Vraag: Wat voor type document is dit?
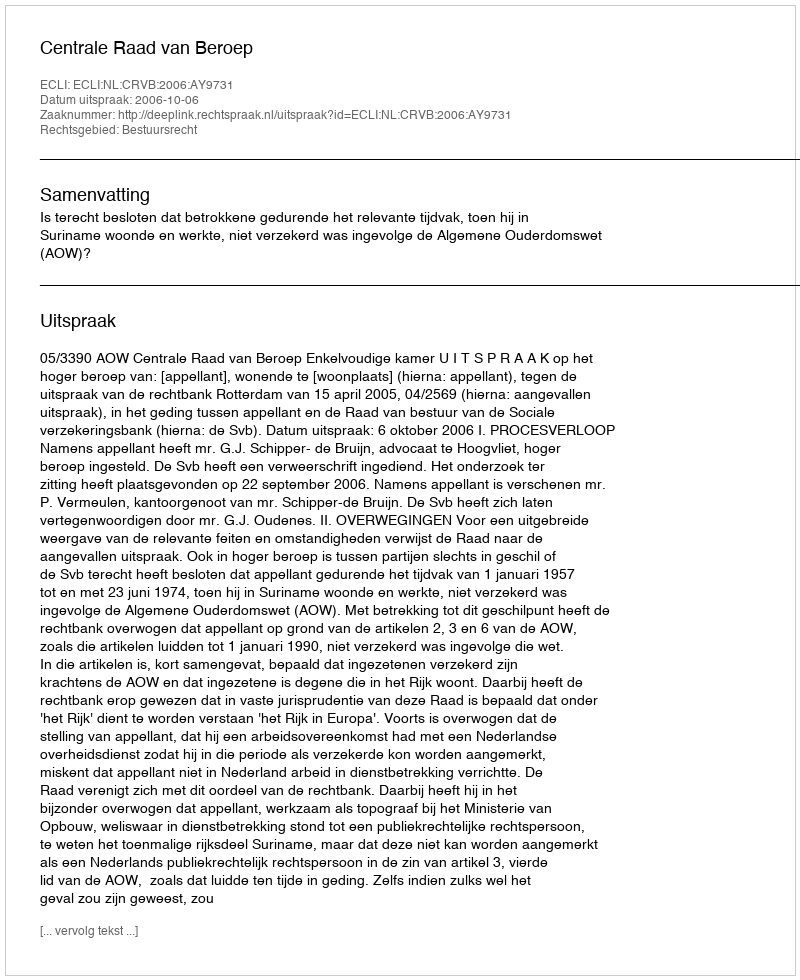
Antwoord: Uitspraak